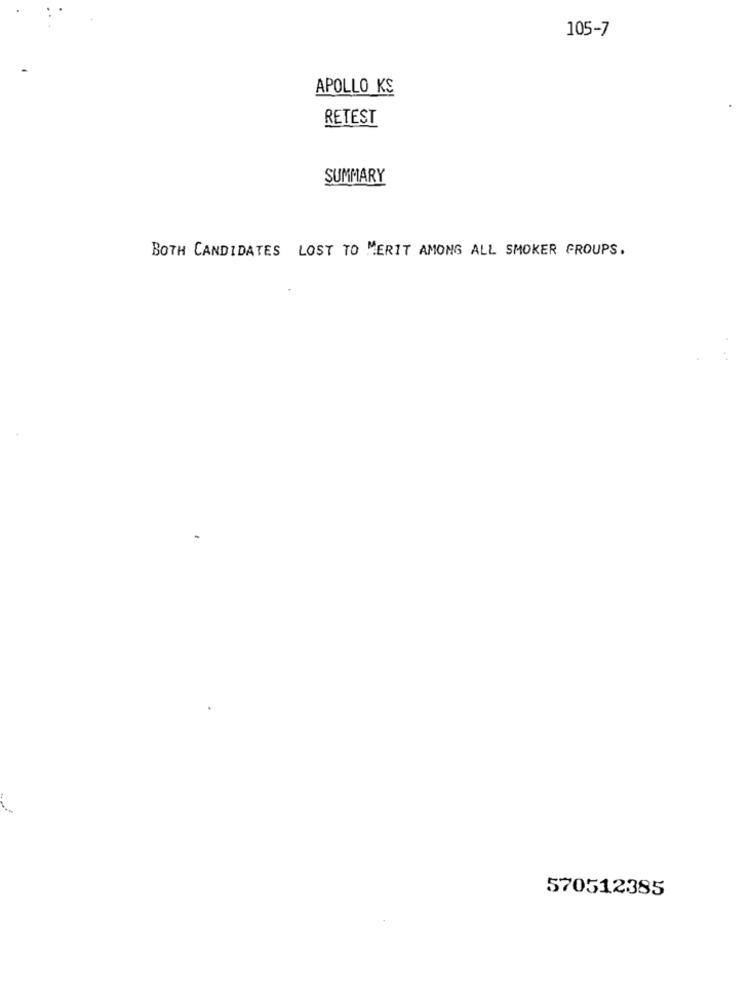
105-7
APOLLO KS
RETEST
SUMMARY
BOTH CANDIDATES LOST TO MERIT AMONG ALL SMOKER GROUPS.
570512385